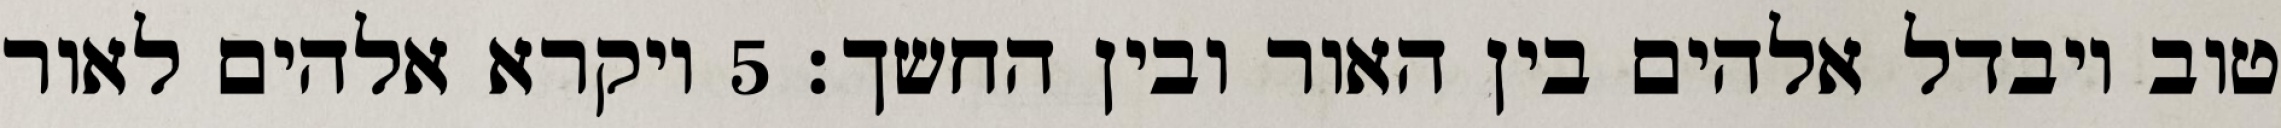
טוב ויבדל אלהים בין האור ובין החשך׃ ‎5‏ ויקרא אלהים לאור